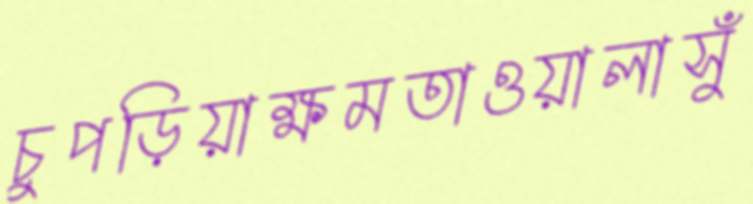
চুপড়িয়াক্ষমতাওয়ালাসুঁ